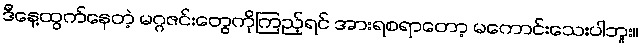
ဒီနေ့ထွက်နေတဲ့ မဂ္ဂဇင်းတွေကိုကြည့်ရင် အားရစရာတော့ မကောင်းသေးပါဘူး။